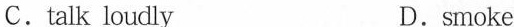
C.talk loudly D.smoke